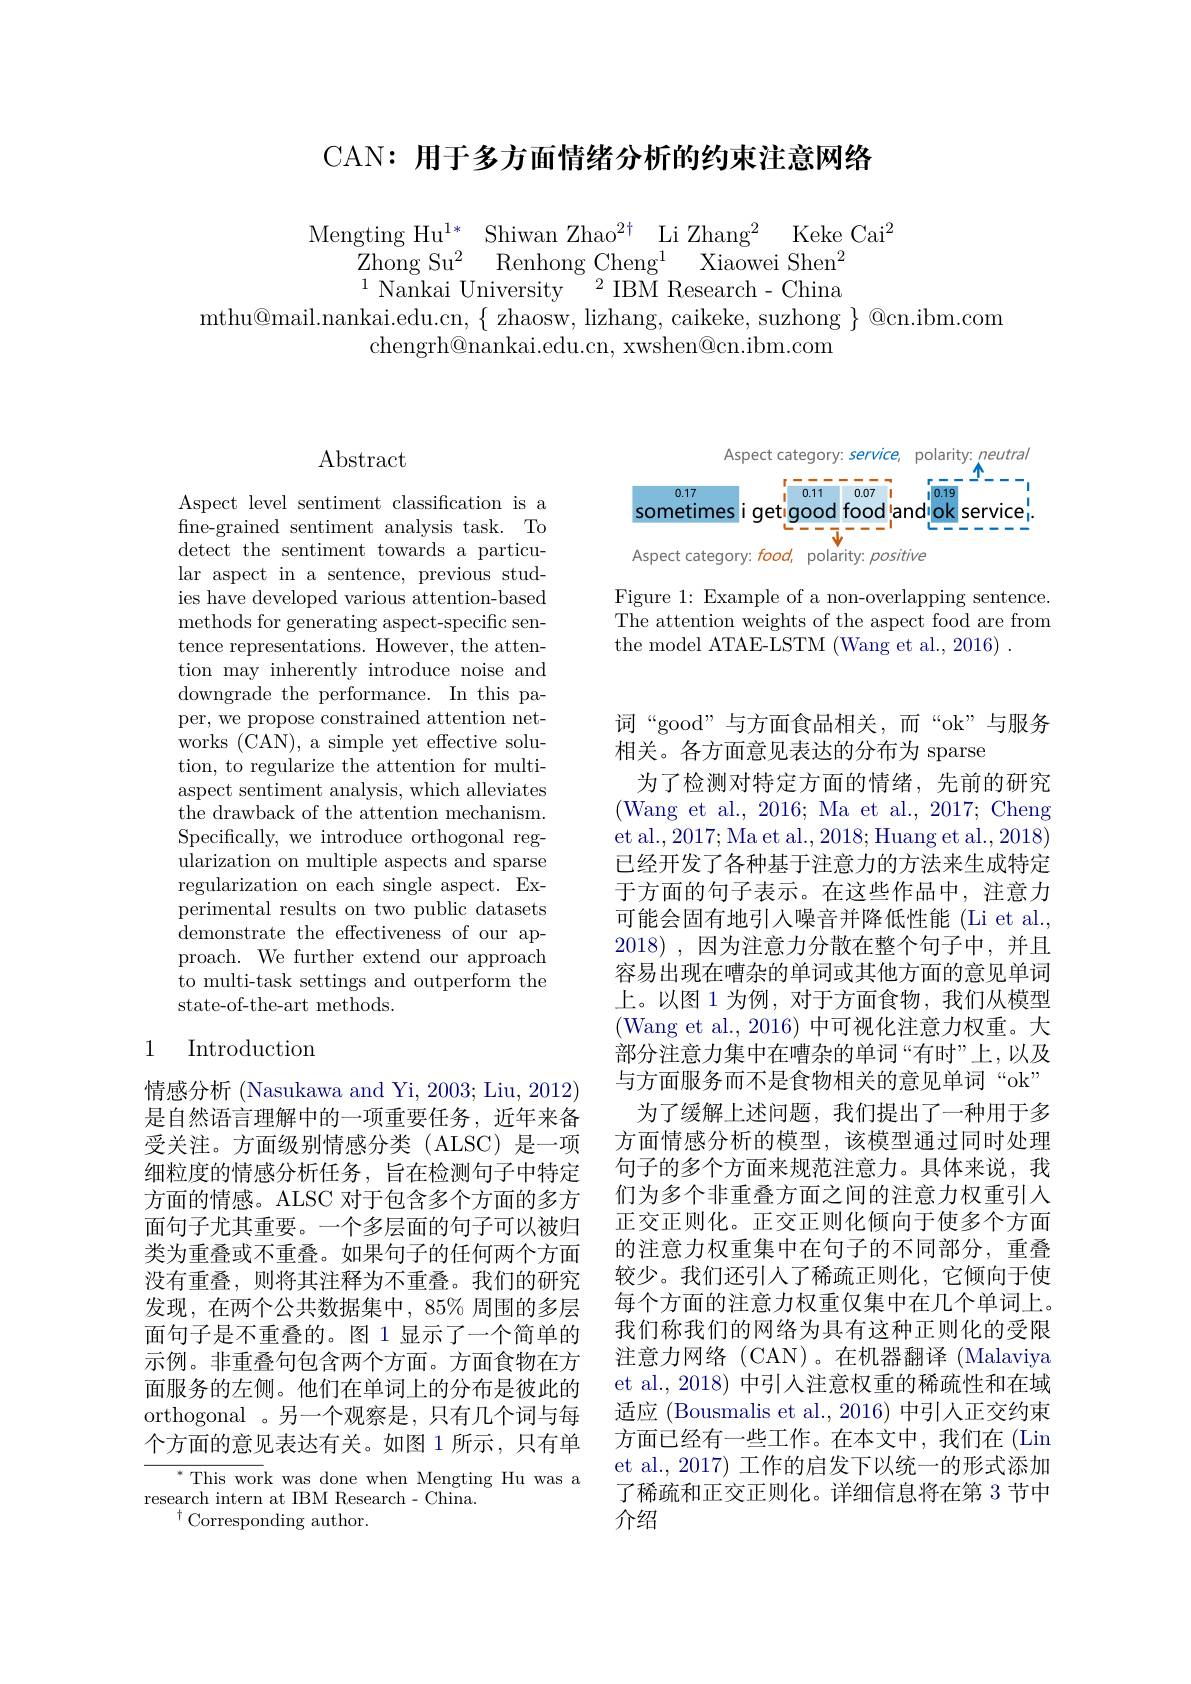
CAN: 用于多方面情绪分析的约束注意网络

$\begin{array}{cc}{\mathrm{Mengting~Hu^{1*}~Shiwan~Zhao^{2\dagger}~Li~Zhang^{2}~Keke~Cai^{2}}}\\{\mathrm{Zhong~Su^{2}~Renhong~Cheng^{1}~Xiaowei~Shen^{2}}}\\{^{1}\mathrm{Nankai~University~^{2}~IBM~Research~-~China}}\end{array}$
$mthu@mail.nankai.edu.cn,\{~zhaosw,~lizhang,~caikeke,~suzhong~\}~@cn.ibm.com$
chengrh@nankai.edu.cn, xwshen@cn.ibm.com

Abstract

Aspect level sentiment classification is a fine-grained sentiment analysis task. To detect the sentiment towards a particular aspect in a sentence, previous studies have developed various attention-based methods for generating aspect-specific sentence representations. However, the attention may inherently introduce noise and downgrade the performance. In this paper, we propose constrained attention networks (CAN), a simple yet effective solution, to regularize the attention for multiaspect sentiment analysis, which alleviates ${\mathrm{the~drawback~of~the~attention~mechanism.}}$ Specifically, we introduce orthogonal regularization on multiple aspects and sparse regularization on each single aspect. Experimental results on two public datasets ${\mathrm{demonstrate~the~effectiveness~of~our~ap-}}$ proach. We further extend our approach to multi-task settings and outperform the state-of-the-art methods.

### 1 Introduction

情感分析 (Nasukawa and Yi, 2003; Liu, 2012) 是自然语言理解中的一项重要任务，近年来备受关注。方面级别情感分类(ALSC)是一项细粒度的情感分析任务，旨在检测句子中特定方面的情感。ALSC 对于包含多个方面的多方面句子尤其重要。一个多层面的句子可以被归类为重叠或不重叠。如果句子的任何两个方面没有重叠，则将其注释为不重叠。我们的研究发现，在两个公共数据集中，85% 周围的多层面句子是不重叠的。图 1 显示了一个简单的示例。非重叠句包含两个方面。方面食物在方面服务的左侧。他们在单词上的分布是彼此的orthogonal 。另一个观察是，只有几个词与每个方面的意见表达有关。如图 1 所示，只有单

$^{*}$This work was done when Mengting Hu was a
research intern at IBM Research - China.
$^{\dagger}{\mathrm{Corresponding~author}}.$

<FigureHere>

Figure 1: Example of a non-overlapping sentence. The attention weights of the aspect food are from the model ATAE-LSTM (Wang et al., 2016) .

词“good”与方面食品相关，而“ok”与服务
相关。各方面意见表达的分布为 sparse
为了检测对特定方面的情绪，先前的研究(Wang et al., 2016; Ma et al., 2017; Cheng et al., 2017; Ma et al., 2018; Huang et al., 2018) 已经开发了各种基于注意力的方法来生成特定于方面的句子表示。在这些作品中，注意力可能会固有地引入噪音并降低性能(Li et al., 2018) , $因 为 注 意 力 分 散 在 整 个 句 子 中 $, $并 且$ 容易出现在嘈杂的单词或其他方面的意见单词上。以图 1 为例，对于方面食物，我们从模型(Wang et al., 2016) 中可视化注意力权重。大部分注意力集中在嘈杂的单词“有时”上，以及与方面服务而不是食物相关的意见单词“ok”
为了缓解上述问题，我们提出了一种用于多方面情感分析的模型，该模型通过同时处理句子的多个方面来规范注意力。具体来说，我们为多个非重叠方面之间的注意力权重引入正交正则化。正交正则化倾向于使多个方面的注意力权重集中在句子的不同部分，重叠较少。我们还引人了稀疏正则化，它倾向于使每个方面的注意力权重仅集中在几个单词上。我们称我们的网络为具有这种正则化的受限注意力网络(CAN)。在机器翻译 (Malaviya et al., 2018) 中引人注意权重的稀疏性和在域适应 (Bousmalis et al., 2016) 中引人正交约束方面已经有一些工作。在本文中，我们在(Lin et al., 2017) 工作的启发下以统一的形式添加了稀疏和正交正则化。详细信息将在第 3 节中介绍